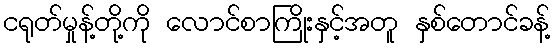
ငရုတ်မှုန့်တို့ကို လောင်စာကြိုးနှင့်အတူ နှစ်တောင်ခန့်